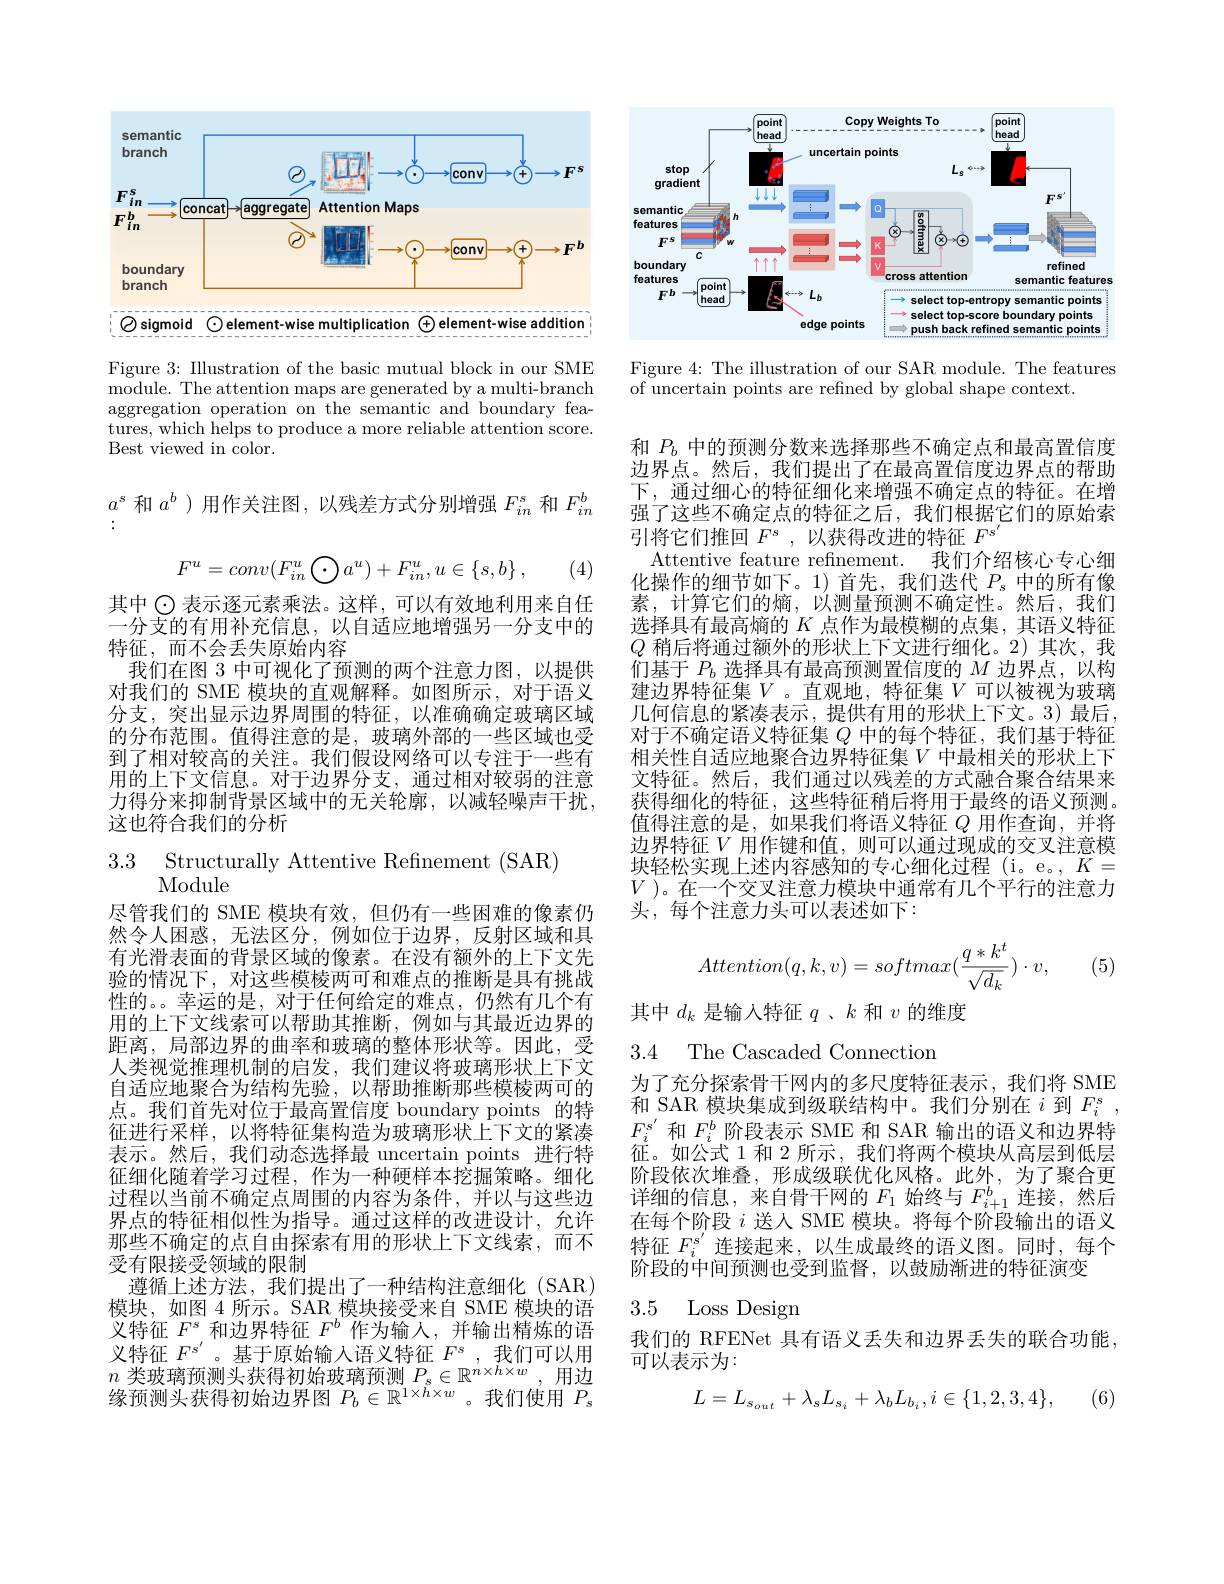
<FigureHere>

Figure 3: Illustration of the basic mutual block in our SME module. The attention maps are generated by a multi-branch aggregation operation on the semantic and boundary features, which helps to produce a more reliable attention score. Best viewed in color.

$a^s$和$a^b$ )用作关注图，以残差方式分别增强$F_in^s$和$F_{in}^b$
$$F^u=conv(F_{in}^u\bigodot a^u)+F_{in}^u,u\in\{s,b\}\:,$$
(4)

其中$\odot$表示逐元素乘法。这样，可以有效地利用来自任一分支的有用补充信息，以自适应地增强另一分支中的特征，而不会丢失原始内容
我们在图 3 中可视化了预测的两个注意力图，以提供对我们的 SME 模块的直观解释。如图所示，对于语义分支，突出显示边界周围的特征，以准确确定玻璃区域的分布范围。值得注意的是，玻璃外部的一些区域也受到了相对较高的关注。我们假设网络可以专注于一些有用的上下文信息。对于边界分支，通过相对较弱的注意力得分来抑制背景区域中的无关轮廓，以减轻噪声干扰， 这也符合我们的分析

$\begin{array}{ll}{3.3}&{{\mathrm{Structurally~Attentive~Refinement~(SAR)}}}\\{{\mathrm{Module}}}\end{array}$

尽管我们的 SME 模块有效，但仍有一些困难的像素仍然令人困惑，无法区分，例如位于边界，反射区域和具有光滑表面的背景区域的像素。在没有额外的上下文先验的情况下，对这些模棱两可和难点的推断是具有挑战性的。幸运的是，对于任何给定的难点，仍然有几个有用的上下文线索可以帮助其推断，例如与其最近边界的距离，局部边界的曲率和玻璃的整体形状等。因此，受人类视觉推理机制的启发，我们建议将玻璃形状上下文自适应地聚合为结构先验，以帮助推断那些模棱两可的点。我们首先对位于最高置信度 boundary points 的特征进行采样，以将特征集构造为玻璃形状上下文的紧凑表示。然后，我们动态选择最 uncertain points 进行特征细化随着学习过程，作为一种硬样本挖掘策略。细化过程以当前不确定点周围的内容为条件，并以与这些边界点的特征相似性为指导。通过这样的改进设计，允许那些不确定的点自由探索有用的形状上下文线索，而不受有限接受领域的限制
遵循上述方法，我们提出了一种结构注意细化(SAR) 模块，如图 4 所示。SAR 模块接受来自 SME 模块的语义特征$F^{s}$和边界特征$F^{b}$作为输人，并输出精炼的语义特征$F^{s^{\prime}}$。基于原始输入语义特征$F^s$ ,我们可以用$n$ 类玻璃预测头获得初始玻璃预测 $P_s\in\mathbb{R}^n\times h\times w$,用边缘预测头获得初始边界图$P_b\in\mathbb{R}^{1\times\tilde{h}\times w}$。我们使用$P_s$

<FigureHere>

Figure 4: The illustration of our SAR module. The features
of uncertain points are refined by global shape context.

和$P_b$中的预测分数来选择那些不确定点和最高置信度边界点。然后，我们提出了在最高置信度边界点的帮助下，通过细心的特征细化来增强不确定点的特征。在增强了这些不确定点的特征之后，我们根据它们的原始索引将它们推回$F^s$,以获得改进的特征$F^\mathrm{s'}$
Attentive feature refinement. 我们介绍核心专心细化操作的细节如下。1)首先，我们迭代$P_s$中的所有像素，计算它们的熵，以测量预测不确定性。然后，我们选择具有最高熵的$K$点作为最模糊的点集，其语义特征$Q$稍后将通过额外的形状上下文进行细化。2)其次，我们基于$P_b$选择具有最高预测置信度的$M$边界点，以构建边界特征集$V$。直观地，特征集$V$可以被视为玻璃几何信息的紧凑表示，提供有用的形状上下文。3) 最后， 对于不确定语义特征集$Q$中的每个特征，我们基于特征相关性自适应地聚合边界特征集$V$ 中最相关的形状上下文特征。然后，我们通过以残差的方式融合聚合结果来获得细化的特征，这些特征稍后将用于最终的语义预测。值得注意的是，如果我们将语义特征$Q$用作查询，并将边界特征$V$ 用作键和值，则可以通过现成的交叉注意模块轻松实现上述内容感知的专心细化过程(i。e。, $K=$ $V$ )。在一个交叉注意力模块中通常有几个平行的注意力头，每个注意力头可以表述如下：
$$Attention(q,k,v)=softmax(\frac{q*k^t}{\sqrt{d_k}})\cdot v,$$
(5)

其中$d_k$是输入特征$q$ 、$k$和$v$的维度

3.4 The Cascaded Connectior

为了充分探索骨干网内的多尺度特征表示，我们将 SME 和 SAR 模块集成到级联结构中。我们分别在$i$到$F_i^s$, $F_{i}^{s^{\prime}}$和$F_i^b$阶段表示 SME 和 SAR 输出的语义和边界特征。如公式 1 和 2 所示，我们将两个模块从高层到低层阶段依次堆叠，形成级联优化风格。此外，为了聚合更详细的信息，来自骨干网的$F_1$始终与$F_{i+1}^b$连接，然后在每个阶段$i$送人 SME 模块。将每个阶段输出的语义特征$F_i^{s^{\prime}}$连接起来，以生成最终的语义图。同时，每个阶段的中间预测也受到监督，以鼓励渐进的特征演变

## 3.5 Loss Design

我们的 RFENet 具有语义丢失和边界丢失的联合功能
可以表示为：
$$L=L_{s_{out}}+\lambda_{s}L_{s_{i}}+\lambda_{b}L_{b_{i}},i\in\{1,2,3,4\},$$
(6)